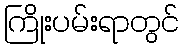
ကြိုးပမ်းရာတွင်